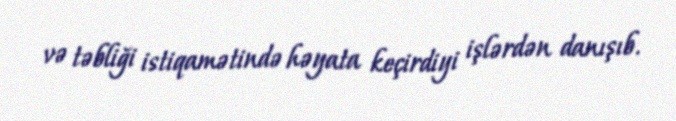
və təbliği istiqamətində həyata keçirdiyi işlərdən danışıb.